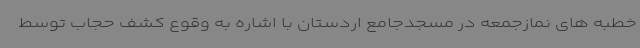
خطبه های نمازجمعه در مسجدجامع اردستان با اشاره به وقوع کشف حجاب توسط